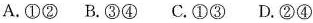
A.①② B.③④ C.①③ D.②④